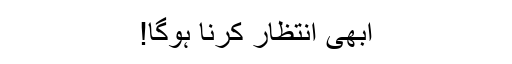
ابھی انتظار کرنا ہوگا!